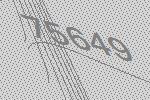
75649